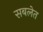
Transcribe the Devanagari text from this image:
सबलेत